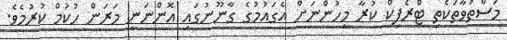
މަސްތުވާތަކެތި ޓްރެފިކް ކުރާ މީހުންނަށް އެގައުމުގެ ގާނޫނުގައި އޮންނަނީ މަރަން ހުކުމް ކުރުމެވެ.